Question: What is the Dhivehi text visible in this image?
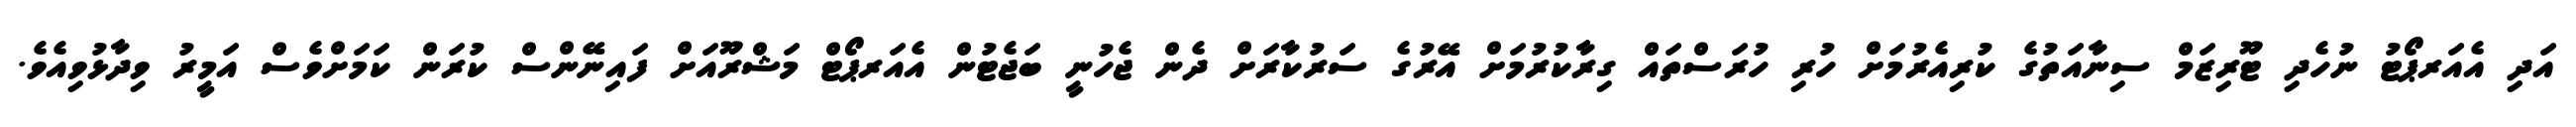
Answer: އަދި އެއަރޕޯޓު ނުހެދި ޓޫރިޒަމް ސިނާއަތުގެ ކުރިއެރުމަށް ހުރި ހުރަސްތައް ގިރާކުރުމަށް އޭރުގެ ސަރުކާރަށް ދެން ޖެހުނީ ބަޖެޓުން އެއަރޕޯޓް މަޝްރޫއަށް ފައިނޭންސް ކުރަން ކަމަށްވެސް އަމީރު ވިދާޅުވިއެވެ.